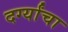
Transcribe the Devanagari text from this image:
दर्ग्यांचा